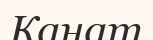
Канат